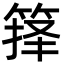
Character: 箨